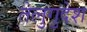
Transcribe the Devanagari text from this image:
तेलुगुदेश